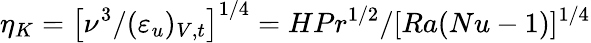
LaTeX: \eta_{K}=\left[\nu^{3}/(\varepsilon_{u})_{V,t}\right]^{1/4}=HPr^{1/2}/[Ra(Nu-1)]^{1/4}